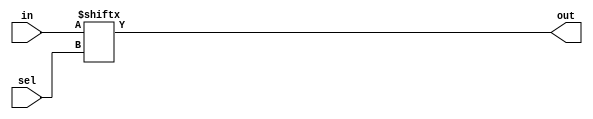
module mux16x1(in,sel,out);
  input [15:0] in;
  input [3:0] sel;
  output out;

  assign out=in[sel];
endmodule